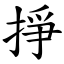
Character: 掙